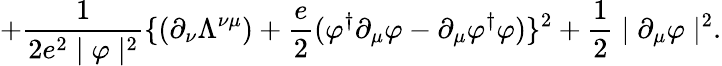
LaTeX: +\frac{1}{2e^{2}\mid\varphi\mid^{2}}\{ (\partial_{\nu}\Lambda^{\nu\mu})+\frac{e}{2}(\varphi^{\dagger}\partial_{\mu}\varphi-\partial_{\mu}\varphi^{\dagger}\varphi)\} ^{2}+\frac{1}{2}\mid\partial_{\mu}\varphi\mid^{2}.